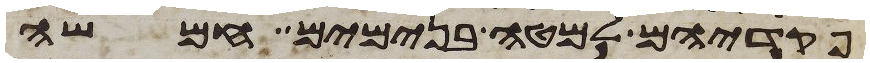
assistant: פקדיהם למטה בנימים חמשה